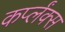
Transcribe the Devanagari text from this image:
कर्प्लंक्स